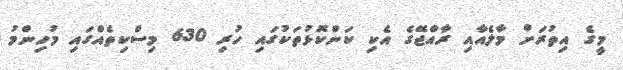
މީގެ އިތުރަށް މާލެއާއި ރާއްޖޭގެ އެކި ކަންކޮޅުތަކުގައި ހުރި 630 މިސްކިތެއްގައި މުހިންމު